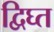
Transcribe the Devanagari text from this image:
द्विघ्त